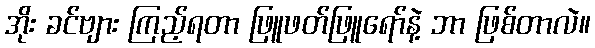
အိုး ခင်ဗျား ကြည့်ရတာ ဖြူဖတ်ဖြူရော်နဲ့ ဘာ ဖြစ်တာလဲ။